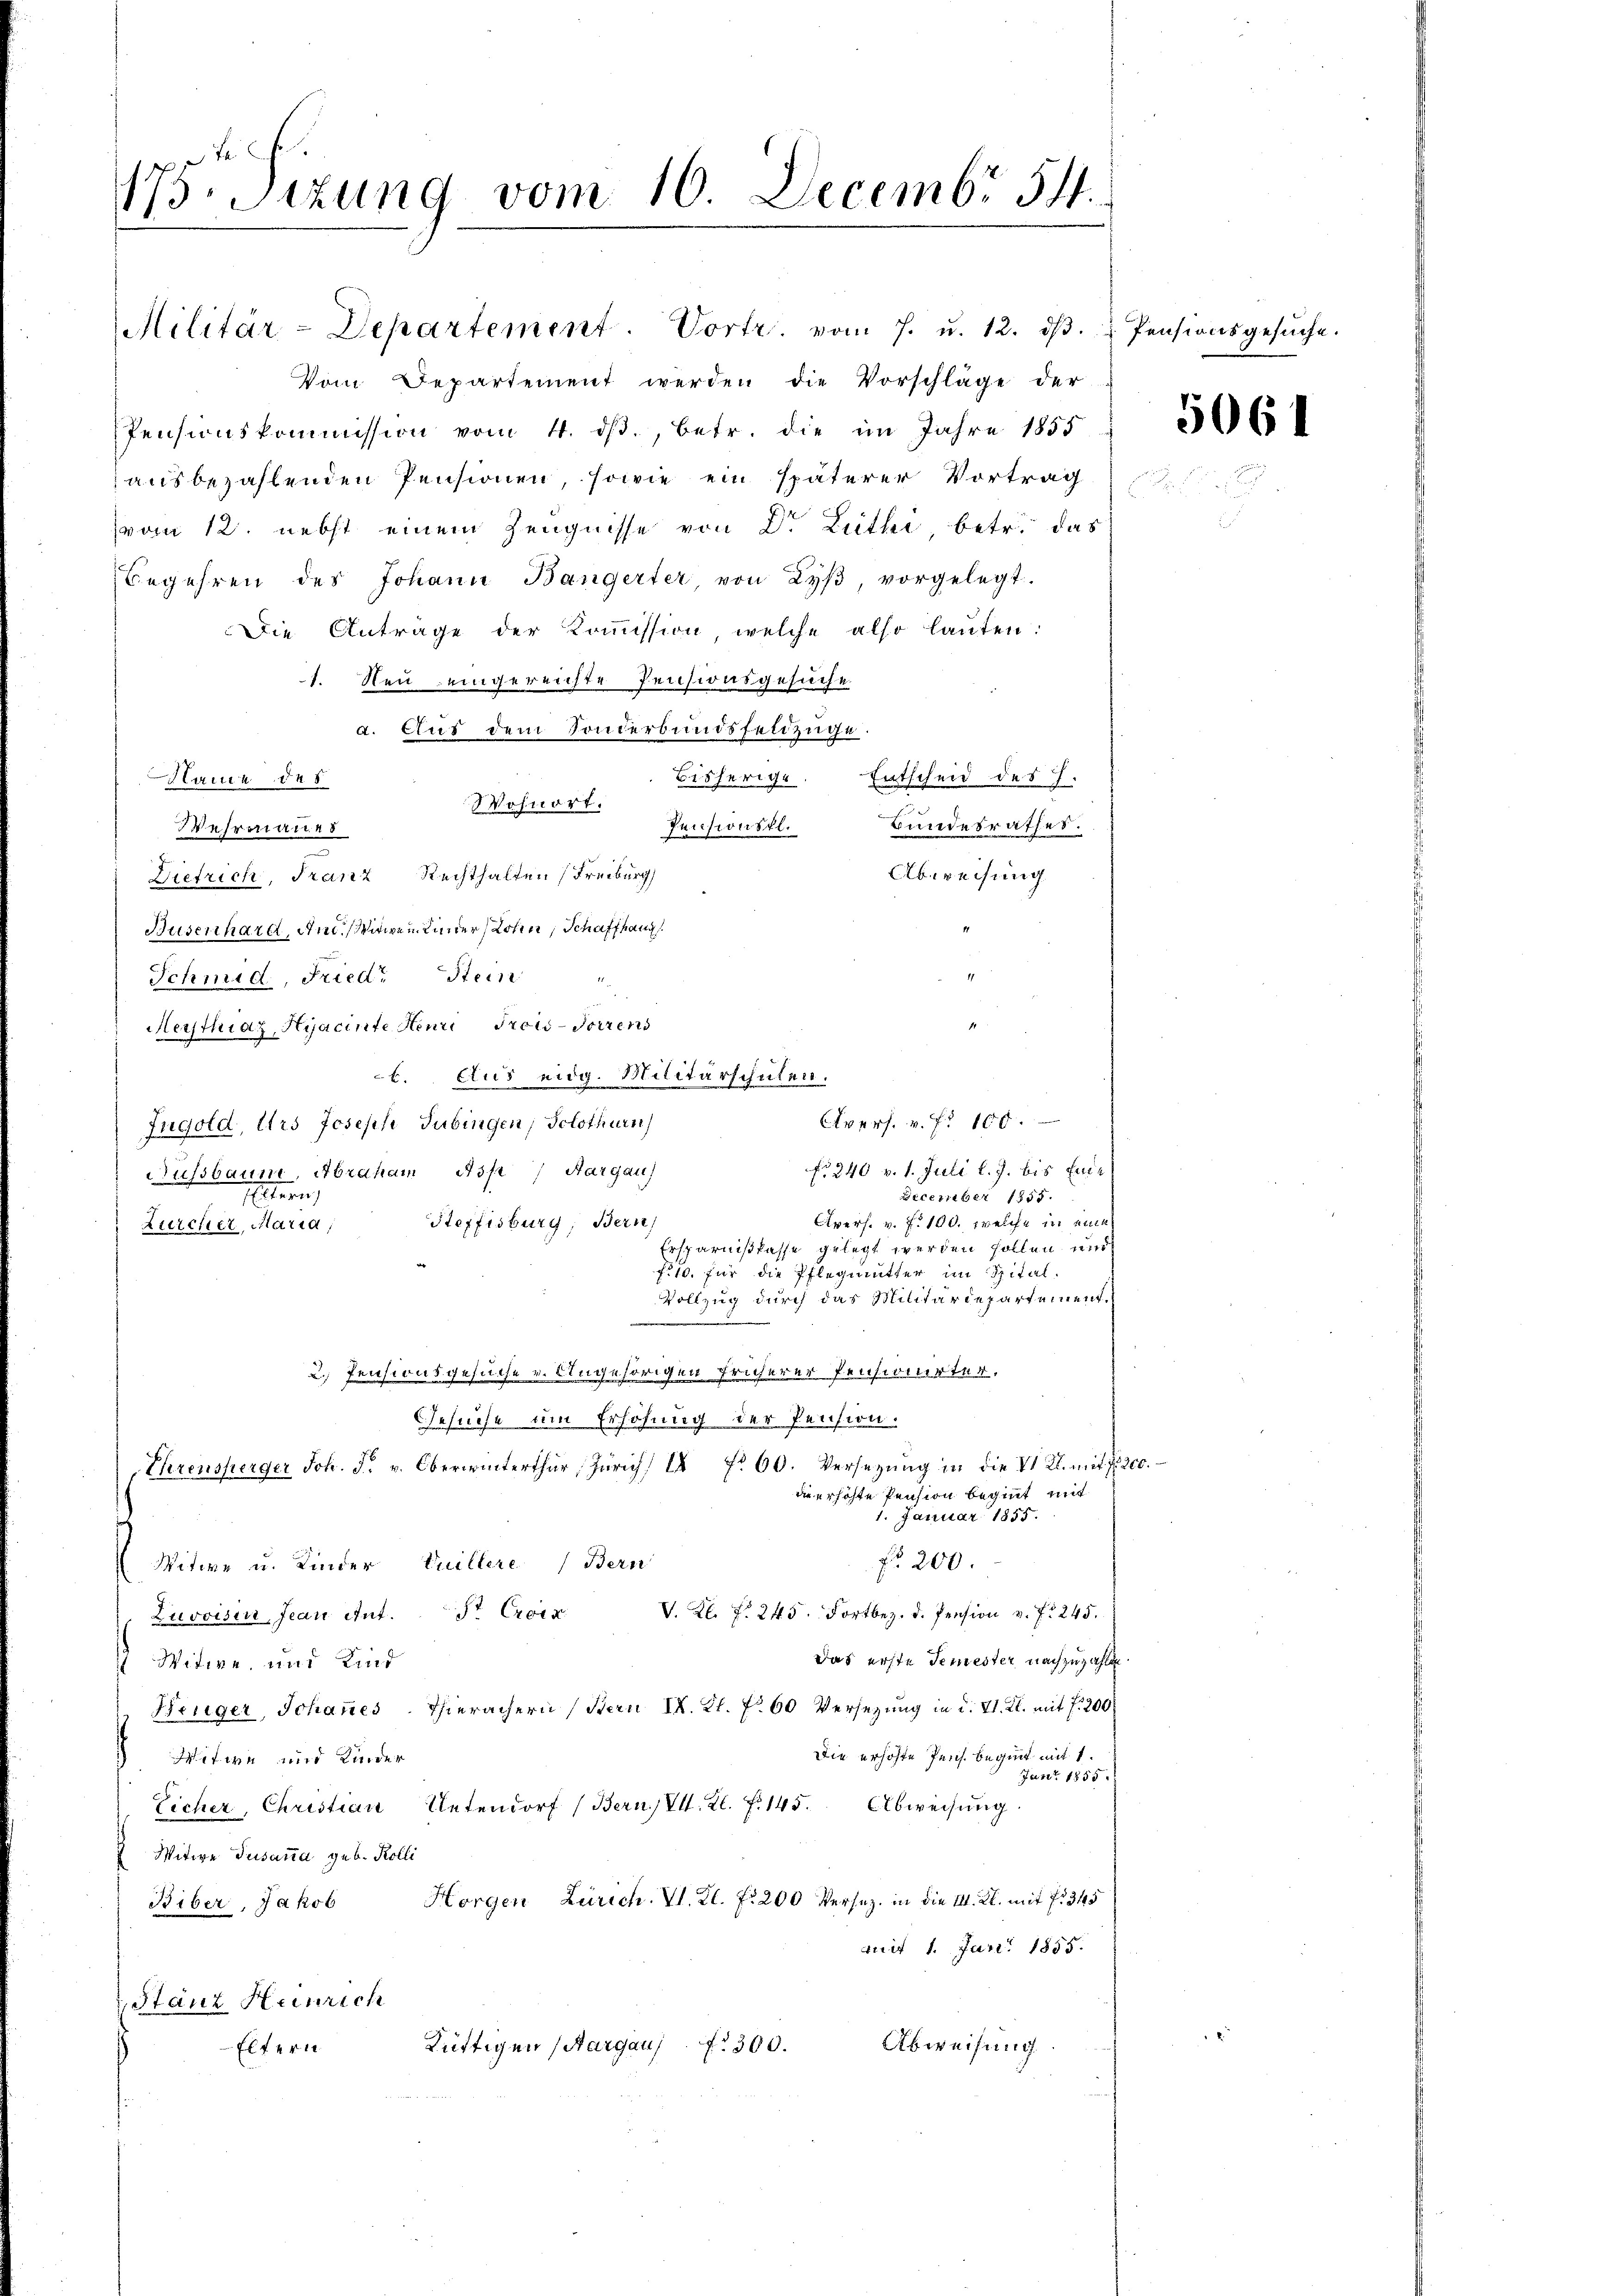
175. Sizung vom 10. Decembr 511.

Militär-Departement. Vortr. vom 7. u. 12. dβ.  Pensionsgesŭche.

Vom Departement werden die Vorschläge der
Pensionskommission vom 4. dβ., betr. die im Jahre 1855
ausbezahlenden Pensionen, sowie ein späterer Vortrag
vom 12. nebst einem Zeugnisse von Dr. Luthe, betr. das
begehren des Johann Bangerter, von Lyβ vorgelegt.
Die Anträge der Koṁission, welche also lauten:
1. Neu eingereichte Pensionsgesuche
a. Aus dem Sonderbandsfeldzüge.
Hauce des
bisherige. Entscheid des H.
Wohnort.
Pensionsfl.
Bundesrathes.
Wehrmanes
1
Abweisung
Dietrich, Franz Rechthalten (Freiburg
Hüsenhard, An Witwen Kinder, Lohen, Schaffhaug
p
Schmid, Fried. Stein "
Meisthiaz Hyacinte Henri Trois-Vorrens
b. Aus eidg. Militärschulen.
Fngold, Urs Joseph Tübingen; Solothurn)
No 340 v. 1. Juli l. J. bis End¬
Nussbaume, Abraham 23/2 / Aargau)
December 1855.
Eltern,
Avers. v. f. 100. welche in eine
Steffisburg, Bern,
Zürcher, Maria,
Ersparnißkasse gelegt werden sollen, und
Fol. für die Pflegmutter im Geset
Vollzug durch das Militärdepartement¬
2.) Pensionsgesuche v. Angehörigen früherer Pensionirter,
Gesuche um Erhöhung der Pension.
Ehrensperger Joh. F. v. Oberwinterthur, Zürich 1 Fr. 60. Versetzung in die VI Kl. mit zu
di erhöhte Pension beginnt mit
1. Januar 1855.
No. 200.
Witwe u. Kinder, Vuillere Bern
Zuvoisin, Jean Ant. St Croix V. Kl. f. 245. Fortbez. d. Pension v. f. 245.
Das erste Semester nachzuzahle
 Witwe, und Kind
Hinger, Johannes Thierächern (Stern I. Kl. No 60 Versezung in d. 11. Kl. mit 1200
Die erhöhte Pens. beginnt mit 1.
Witwe und Kinder
Janer 1855.
Eicher, Christian Untendorf (Bern, VII. Kl. F. 145. Abweisŭng.
Witwe Susana geb. Kolli
s
Horgen Zürich. V. Zl. f. 200 Versez. in die I. Kl. mit fr. 345
Biber, Jakob
mit 1. Jan. 1855.
 Stanz Heinrech
Abweisung.
Lüttigen (Aargau f 300.
Eltern

Avers. v. f. 100.

19

5061